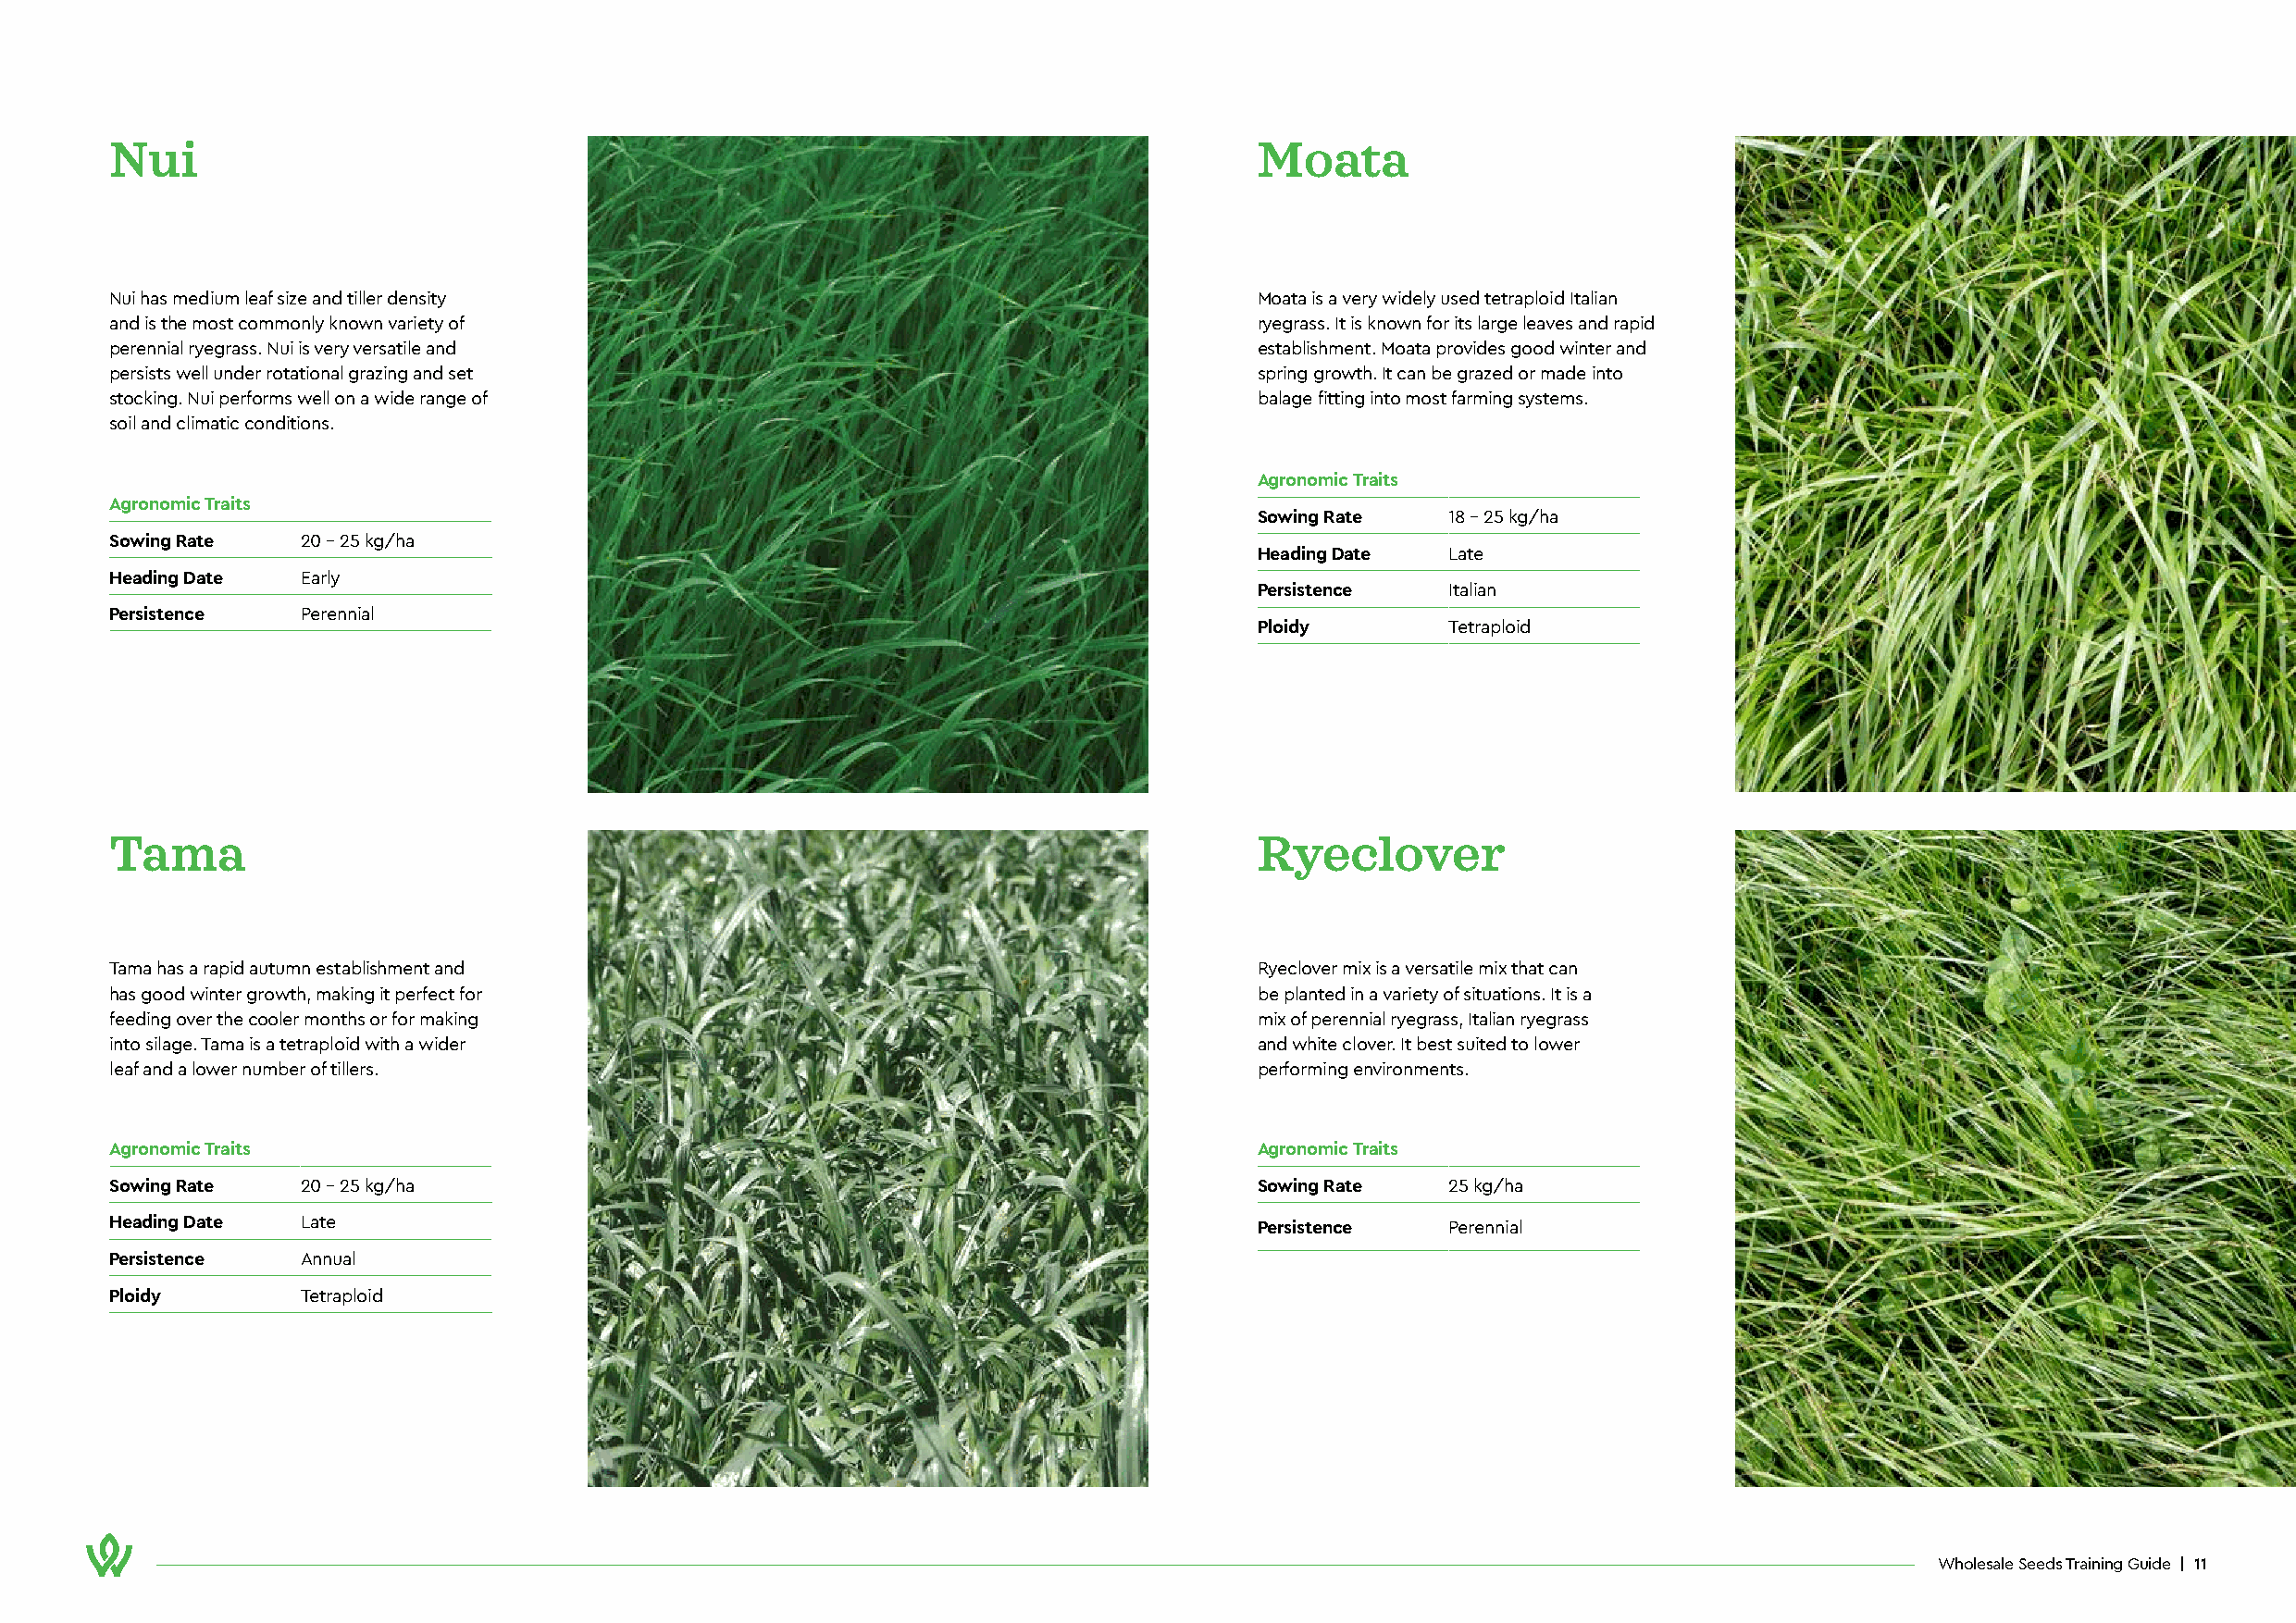
Nui                                                                               Moata
 Nui has medium leaf size and tiller density                                       Moata is a very widely used tetraploid Italian
 and is the most commonly known variety of                                         ryegrass. It is known for its large leaves and rapid
 perennial ryegrass. Nui is very versatile and                                     establishment. Moata provides good winter and
 persists well under rotational grazing and set                                    spring growth. It can be grazed or made into
 stocking. Nui performs well on a wide range of                                    balage fitting into most farming systems.
 soil and climatic conditions.
 Agronomic Traits
 Agronomic Traits
 Sowing Rate   18 - 25 kg/ha
 Sowing Rate   20 - 25 kg/ha
 Heading Date  Late
 Heading Date  Early
 Persistence   Italian
 Persistence   Perennial
 Ploidy        Tetraploid
 Tama                                                                              Ryeclover
 Tama has a rapid autumn establishment and                                         Ryeclover mix is a versatile mix that can
 has good winter growth, making it perfect for                                     be planted in a variety of situations. It is a
 feeding over the cooler months or for making                                      mix of perennial ryegrass, Italian ryegrass
 into silage. Tama is a tetraploid with a wider                                    and white clover. It best suited to lower
 leaf and a lower number of tillers.                                               performing environments.
 Agronomic Traits                                                                  Agronomic Traits
 Sowing Rate   20 - 25 kg/ha                                                       Sowing Rate   25 kg/ha
 Heading Date  Late                                                                Persistence   Perennial
 Persistence   Annual
 Ploidy        Tetraploid
 Wholesale Seeds Training Guide | 11